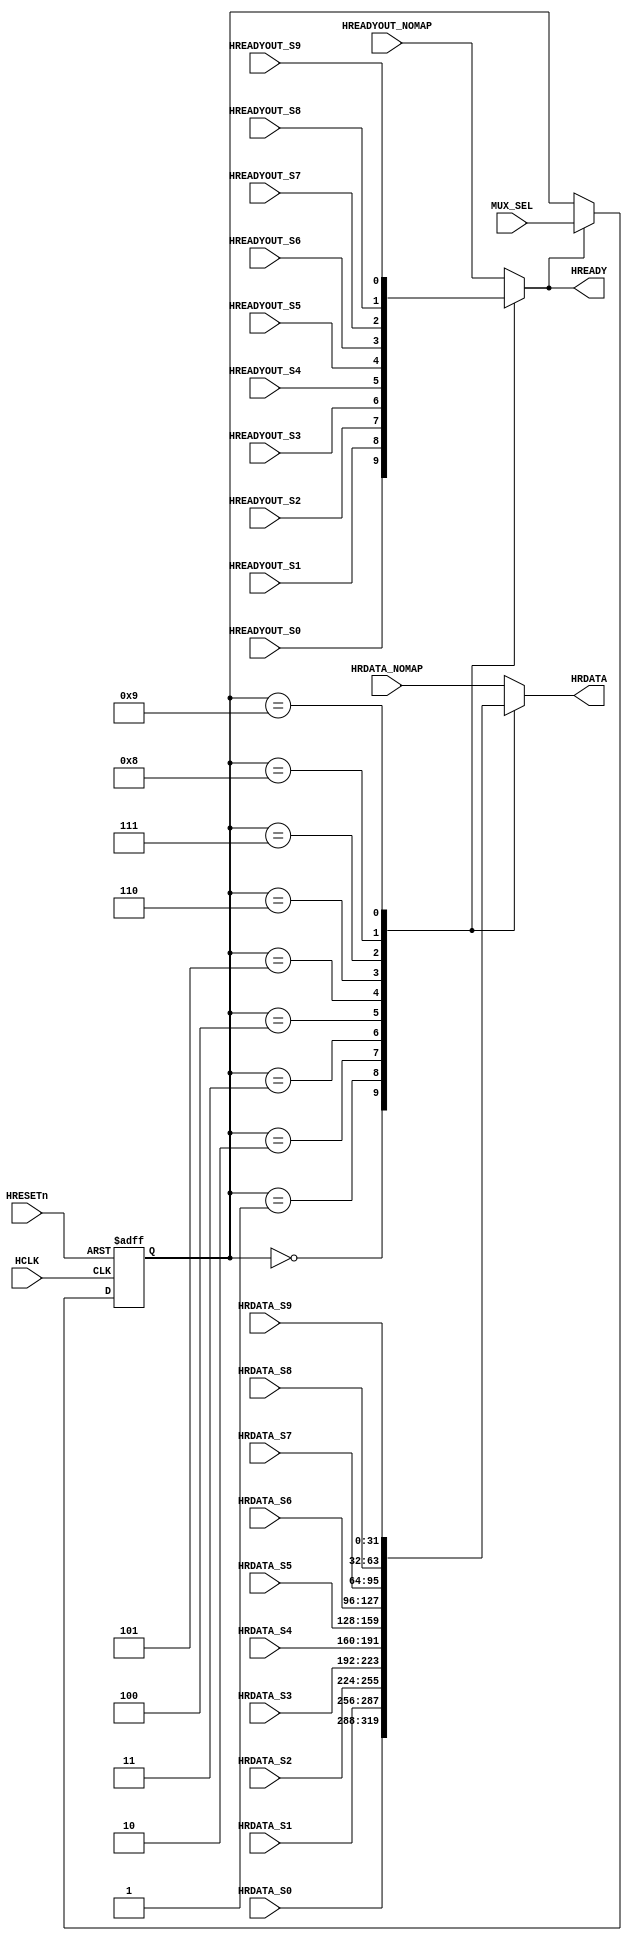
//////////////////////////////////////////////////////////////////////////////////
//END USER LICENCE AGREEMENT                                                    //
//                                                                              //
//Copyright (c) 2012, ARM All rights reserved.                                  //
//                                                                              //
//THIS END USER LICENCE AGREEMENT (LICENCE) IS A LEGAL AGREEMENT BETWEEN      //
//YOU AND ARM LIMITED ("ARM") FOR THE USE OF THE SOFTWARE EXAMPLE ACCOMPANYING  //
//THIS LICENCE. ARM IS ONLY WILLING TO LICENSE THE SOFTWARE EXAMPLE TO YOU ON   //
//CONDITION THAT YOU ACCEPT ALL OF THE TERMS IN THIS LICENCE. BY INSTALLING OR  //
//OTHERWISE USING OR COPYING THE SOFTWARE EXAMPLE YOU INDICATE THAT YOU AGREE   //
//TO BE BOUND BY ALL OF THE TERMS OF THIS LICENCE. IF YOU DO NOT AGREE TO THE   //
//TERMS OF THIS LICENCE, ARM IS UNWILLING TO LICENSE THE SOFTWARE EXAMPLE TO    //
//YOU AND YOU MAY NOT INSTALL, USE OR COPY THE SOFTWARE EXAMPLE.                //
//                                                                              //
//ARM hereby grants to you, subject to the terms and conditions of this Licence,//
//a non-exclusive, worldwide, non-transferable, copyright licence only to       //
//redistribute and use in source and binary forms, with or without modification,//
//for academic purposes provided the following conditions are met:              //
//a) Redistributions of source code must retain the above copyright notice, this//
//list of conditions and the following disclaimer.                              //
//b) Redistributions in binary form must reproduce the above copyright notice,  //
//this list of conditions and the following disclaimer in the documentation     //
//and/or other materials provided with the distribution.                        //
//                                                                              //
//THIS SOFTWARE EXAMPLE IS PROVIDED BY THE COPYRIGHT HOLDER "AS IS" AND ARM     //
//EXPRESSLY DISCLAIMS ANY AND ALL WARRANTIES, EXPRESS OR IMPLIED, INCLUDING     //
//WITHOUT LIMITATION WARRANTIES OF MERCHANTABILITY AND FITNESS FOR A PARTICULAR //
//PURPOSE, WITH RESPECT TO THIS SOFTWARE EXAMPLE. IN NO EVENT SHALL ARM BE LIABLE/
//FOR ANY DIRECT, INDIRECT, INCIDENTAL, PUNITIVE, OR CONSEQUENTIAL DAMAGES OF ANY/
//KIND WHATSOEVER WITH RESPECT TO THE SOFTWARE EXAMPLE. ARM SHALL NOT BE LIABLE //
//FOR ANY CLAIMS, DAMAGES OR OTHER LIABILITY, WHETHER IN AN ACTION OF CONTRACT, //
//TORT OR OTHERWISE, ARISING FROM, OUT OF OR IN CONNECTION WITH THE SOFTWARE    //
//EXAMPLE OR THE USE OR OTHER DEALINGS IN THE SOFTWARE EXAMPLE. FOR THE AVOIDANCE/
// OF DOUBT, NO PATENT LICENSES ARE BEING LICENSED UNDER THIS LICENSE AGREEMENT.//
//////////////////////////////////////////////////////////////////////////////////

 
module AHBMUX(
  //GLOBAL CLOCK & RESET
  input wire HCLK,
  input wire HRESETn,
   
  //MUX SELECT FROM ADDRESS DECODER
  input wire [3:0] MUX_SEL,

  //READ DATA FROM ALL THE SLAVES  
  input wire [31:0] HRDATA_S0,		
  input wire [31:0] HRDATA_S1,
  input wire [31:0] HRDATA_S2,
  input wire [31:0] HRDATA_S3,
  input wire [31:0] HRDATA_S4,
  input wire [31:0] HRDATA_S5,
  input wire [31:0] HRDATA_S6,
  input wire [31:0] HRDATA_S7,
  input wire [31:0] HRDATA_S8,
  input wire [31:0] HRDATA_S9,
  input wire [31:0] HRDATA_NOMAP,

  //READYOUT FROM ALL THE SLAVES  
  input wire HREADYOUT_S0,
  input wire HREADYOUT_S1,
  input wire HREADYOUT_S2,
  input wire HREADYOUT_S3,
  input wire HREADYOUT_S4,
  input wire HREADYOUT_S5,
  input wire HREADYOUT_S6,
  input wire HREADYOUT_S7,
  input wire HREADYOUT_S8,
  input wire HREADYOUT_S9,
  input wire HREADYOUT_NOMAP,
 
  //MULTIPLEXED HREADY & HRDATA TO MASTER
  output reg HREADY,
  output reg [31:0] HRDATA
);

 
  reg [3:0] APHASE_MUX_SEL;			// LATCH THE ADDRESS PHASE MUX_SELECT
												// TO SEND THE APPROPRIATE RESPONSE & RDATA
												// IN THE DATA PHASE
  always@ (posedge HCLK or negedge HRESETn)
  begin
    if(!HRESETn)
      APHASE_MUX_SEL <= 4'h0;
    else if(HREADY)						// NOTE: ALL THE CONTROL SIGNALS ARE VALID ONLY IF HREADY = 1'b1
      APHASE_MUX_SEL <= MUX_SEL;
  end


  always@*
  begin
    case(APHASE_MUX_SEL)
      4'b0000: begin						// SELECT SLAVE0 RESPONSE & DATA IF PREVIOUS APHASE WAS FOR S0
        HRDATA = HRDATA_S0;
        HREADY = HREADYOUT_S0;
      end
      4'b0001: begin
        HRDATA = HRDATA_S1;
        HREADY = HREADYOUT_S1;
      end
      4'b0010: begin
        HRDATA = HRDATA_S2;
        HREADY = HREADYOUT_S2;
      end
      4'b0011: begin
        HRDATA = HRDATA_S3;
        HREADY = HREADYOUT_S3;
      end
      4'b0100: begin
        HRDATA = HRDATA_S4;
        HREADY = HREADYOUT_S4;
      end
      4'b0101: begin
        HRDATA = HRDATA_S5;
        HREADY = HREADYOUT_S5;
      end
      4'b0110: begin
        HRDATA = HRDATA_S6;
        HREADY = HREADYOUT_S6;
      end
      4'b0111: begin
        HRDATA = HRDATA_S7;
        HREADY = HREADYOUT_S7;
      end
      4'b1000: begin
        HRDATA = HRDATA_S8;
        HREADY = HREADYOUT_S8;
      end
      4'b1001: begin
        HRDATA = HRDATA_S9;
        HREADY = HREADYOUT_S9;
      end
      default: begin            
        HRDATA = HRDATA_NOMAP;
        HREADY = HREADYOUT_NOMAP;
      end
    endcase
    
  end


endmodule